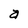
Character: a